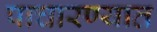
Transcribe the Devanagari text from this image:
पाचारण्यात